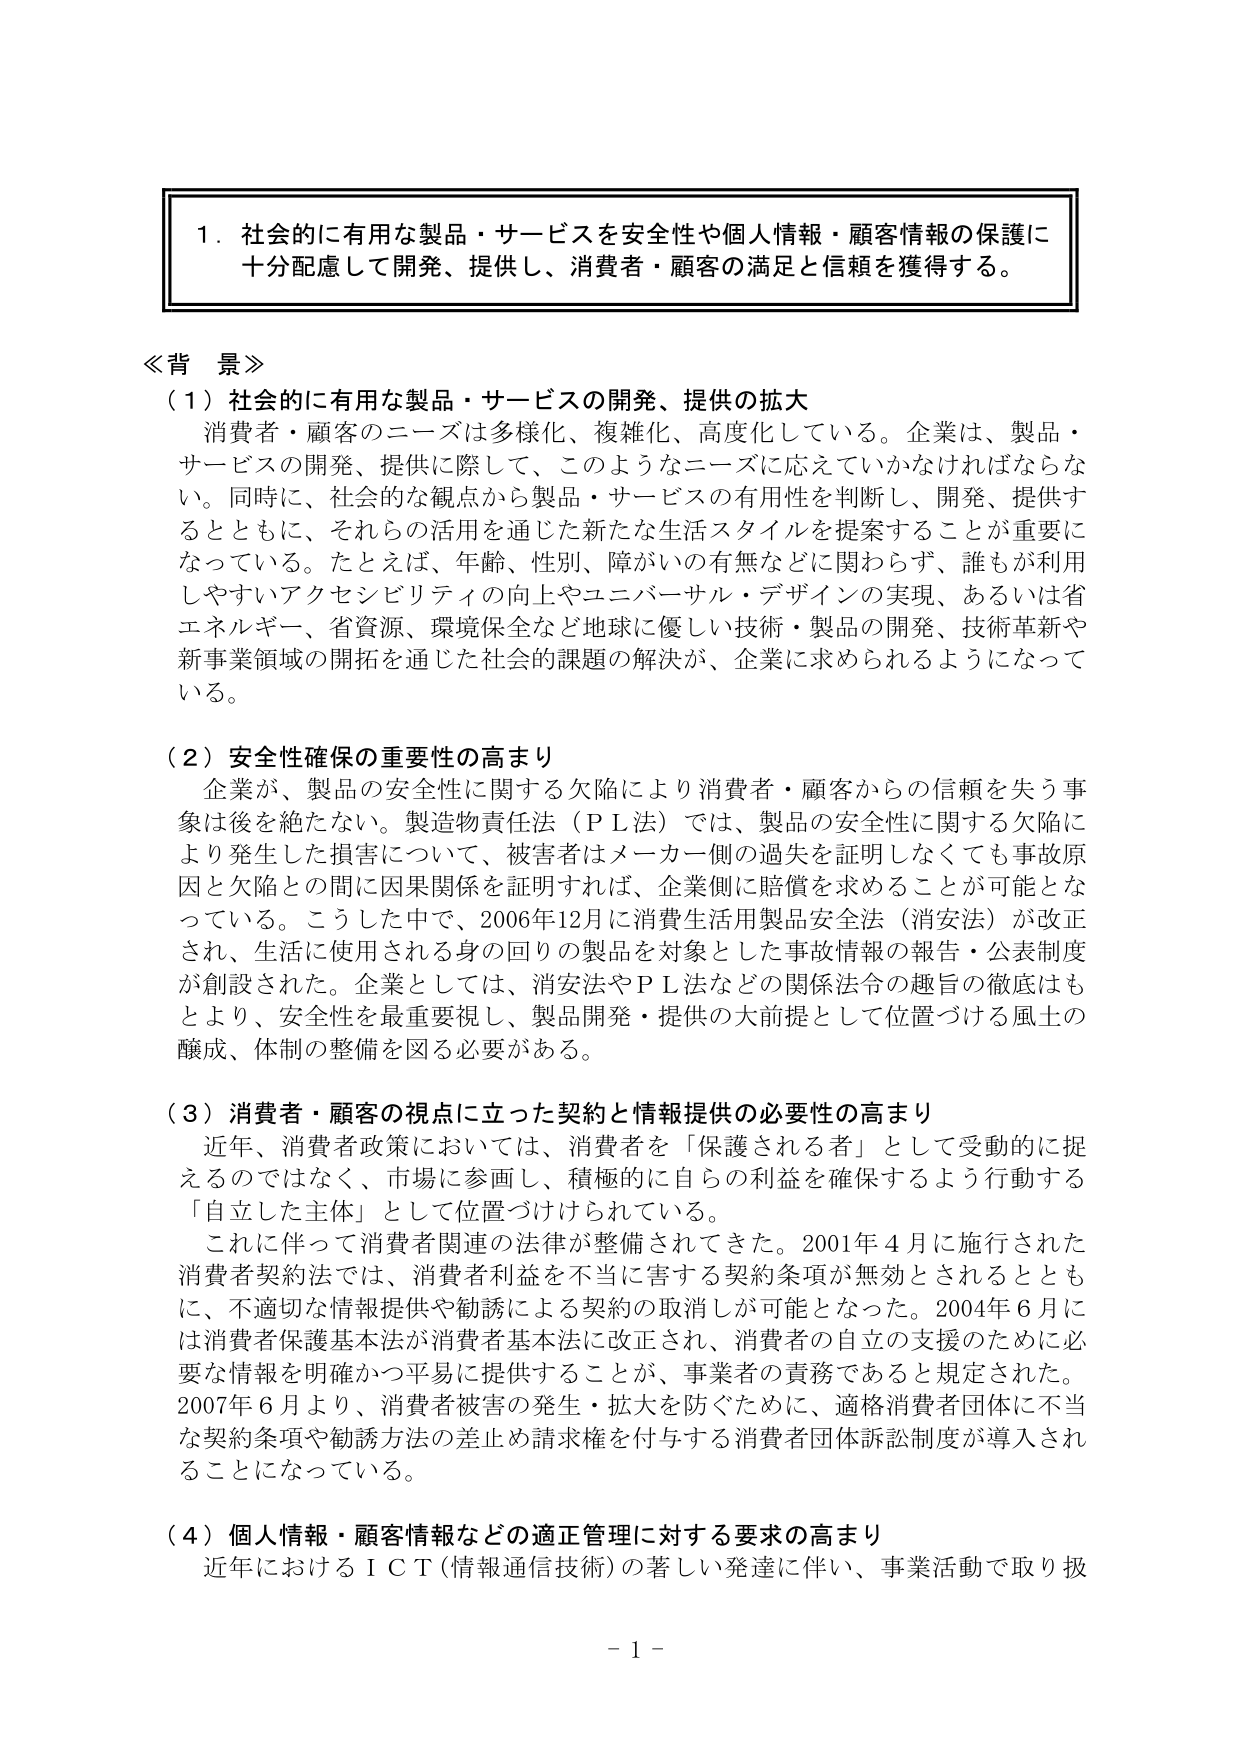
1．社会的に有用な製品・サービスを安全性や個人情報・顧客情報の保護に十分配慮して開発、提供し、消費者・顧客の満足と信頼を獲得する。

≪背景≫
（1）社会的に有用な製品・サービスの開発、提供の拡大
消費者・顧客のニーズは多様化、複雑化、高度化している。企業は、製品・サービスの開発、提供に際して、このようなニーズに応えていかなければならない。同時に、社会的な観点から製品・サービスの有用性を判断し、開発、提供するとともに、それらの活用を通じた新たな生活スタイルを提案することが重要になっている。たとえば、年齢、性別、障がいの有無などに関わらず、誰もが利用しやすいアクセシビリティの向上やユニバーサル・デザインの実現、あるいは省エネルギー、省資源、環境保全など地球に優しい技術・製品の開発、技術革新や新事業領域の開拓を通じた社会的課題の解決が、企業に求められるようになっている。

（2）安全性確保の重要性の高まり
企業が、製品の安全性に関する欠陥により消費者・顧客からの信頼を失う事象は後を絶たない。製造物責任法（ＰＬ法）では、製品の安全性に関する欠陥により発生した損害について、被害者はメーカー側の過失を証明しなくても事故原因と欠陥との間に因果関係を証明すれば、企業側に賠償を求めることが可能となっている。こうした中で、2006年12月に消費生活用製品安全法（消安法）が改正され、生活に使用される身の回りの製品を対象とした事故情報の報告・公表制度が創設された。企業としては、消安法やＰＬ法などの関係法令の趣旨の徹底はもとより、安全性を最重要視し、製品開発・提供の大前提として位置づける風土の醸成、体制の整備を図る必要がある。

（3）消費者・顧客の視点に立った契約と情報提供の必要性の高まり
近年、消費者政策においては、消費者を「保護される者」として受動的に捉えるのではなく、市場に参画し、積極的に自らの利益を確保するよう行動する「自立した主体」として位置づけられている。
これに伴って消費者関連の法律が整備されてきた。2001年4月に施行された消費者契約法では、消費者利益を不当に害する契約条項が無効とされるとともに、不適切な情報提供や勧誘による契約の取消しが可能となった。2004年6月には消費者保護基本法が消費者基本法に改正され、消費者の自立の支援のために必要な情報を明確かつ平易に提供することが、事業者の責務であると規定された。2007年6月より、消費者被害の発生・拡大を防ぐために、適格消費者団体に不当な契約条項や勧誘方法の差止め請求権を付与する消費者団体訴訟制度が導入されることになっている。

（4）個人情報・顧客情報などの適正管理に対する要求の高まり
近年におけるＩＣＴ（情報通信技術）の著しい発達に伴い、事業活動で取り扱

－1－